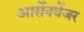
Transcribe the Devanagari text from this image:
आर्सेनवेंजर